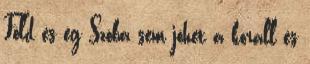
Föld és ég Szóba sem jöhet a korall és